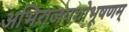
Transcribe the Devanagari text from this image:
अभिराजयशोभूषणम्